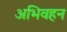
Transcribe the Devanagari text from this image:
अभिवहन